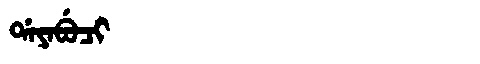
Manchu: ᡩᠠᠶᠠᠪᡠᠴᡳ
Romanization: DAYABUCI